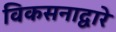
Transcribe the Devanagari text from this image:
विकसनाद्वारे